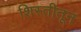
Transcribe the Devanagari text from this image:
शिस्तीतून